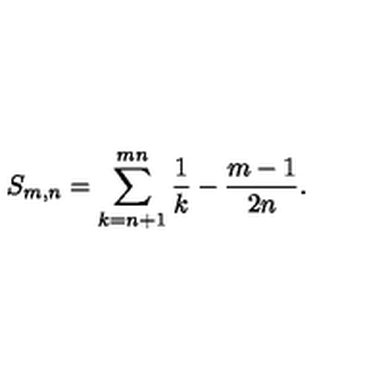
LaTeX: S _ { m , n } = \sum _ { k = n + 1 } ^ { m n } \frac { 1 } { k } - \frac { m - 1 } { 2 n } .